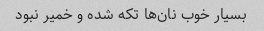
بسیار خوب نان‌ها تکه شده و خمیر نبود